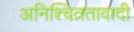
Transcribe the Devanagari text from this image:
अनिश्चिततावादी